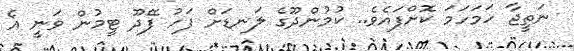
ނަތީޖާ ހަމަހަމަ ކޮށްފައެވެ.. ކުމުންދޫގެ ލަނޑަށް ފަހު ފޭދޫ ޓީމުން ވަނީ އެ